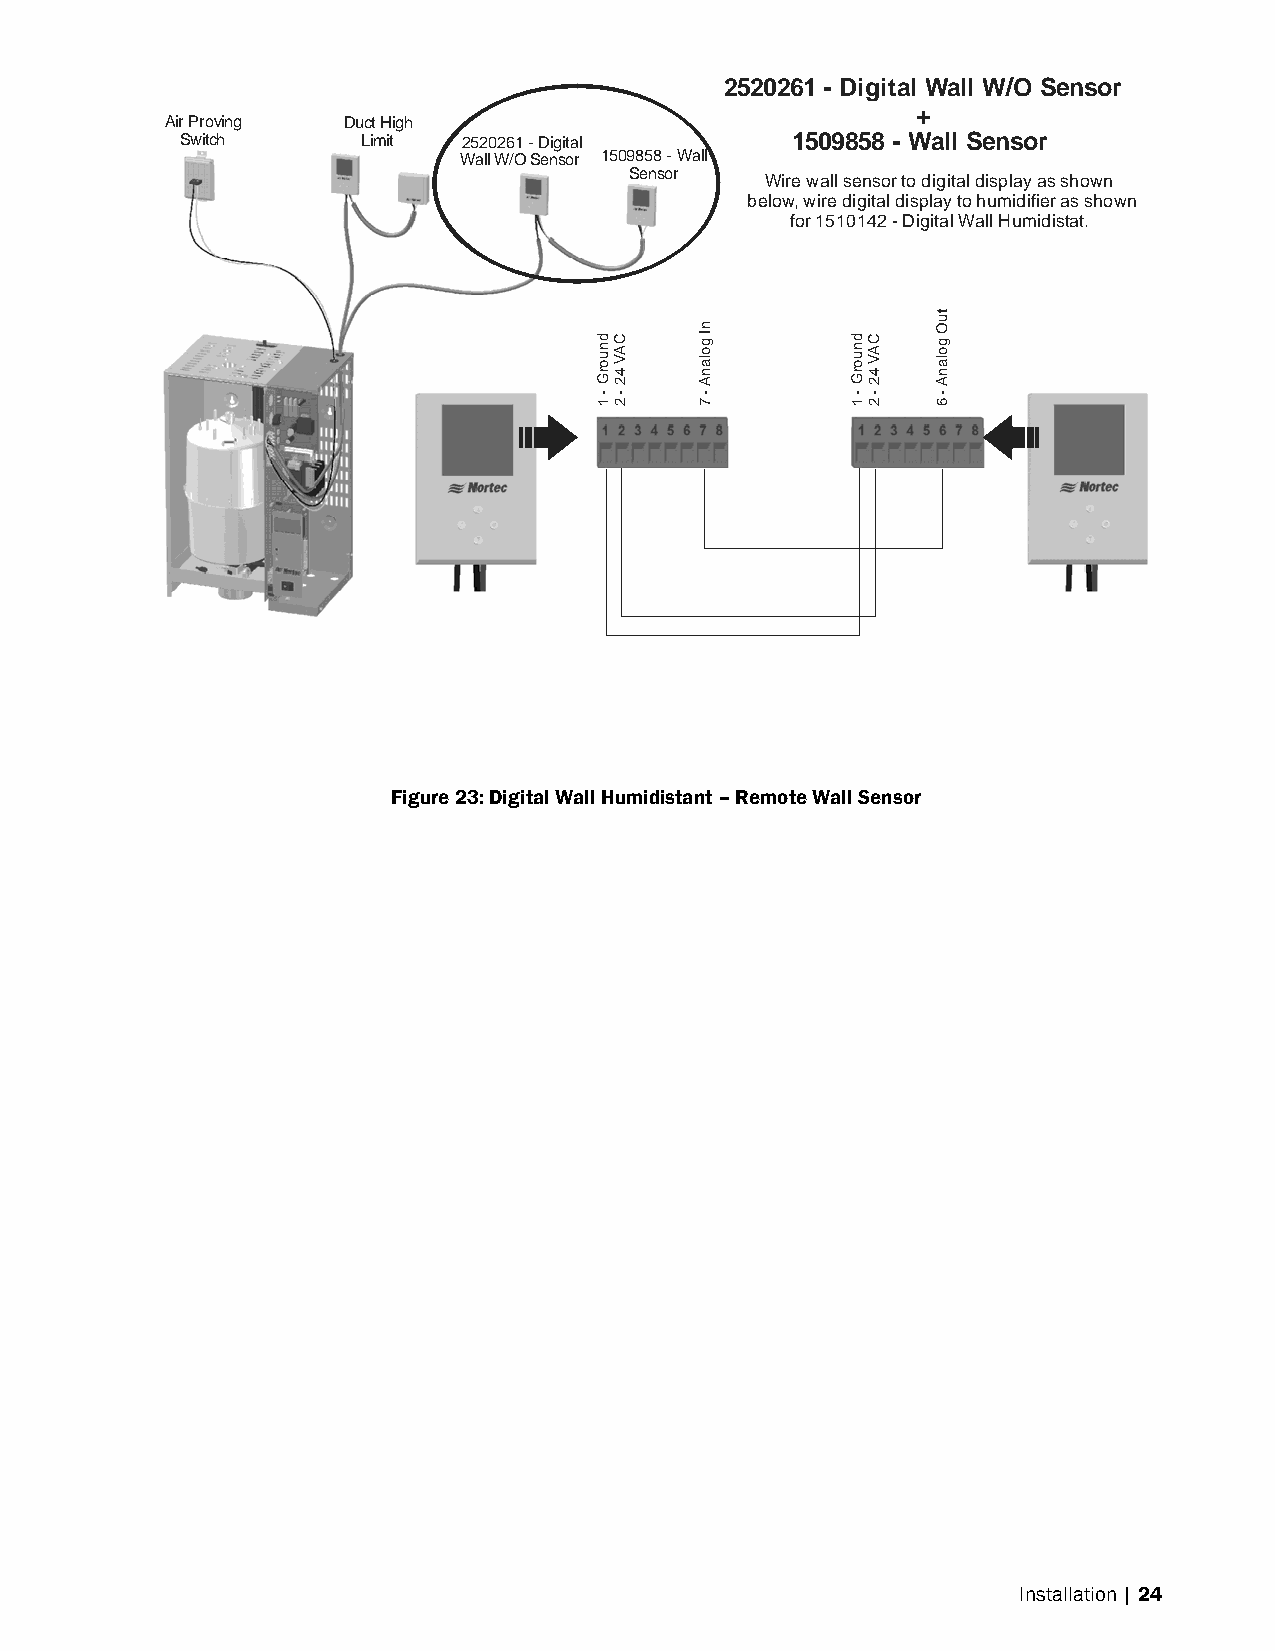
2520261 - Digital Wall W/O Sensor
 +
 Air Proving Duct High
 Switch      Limit  2520261 - Digital    1509858 - Wall Sensor
 Wall W/O Sensor 1509858 - Wall
 Sensor
 Wire wall sensor to digital display as shown
 below, wire digital display to humidifier as shown
 for 1510142 - Digital Wall Humidistat.
 Figure 23: Digital Wall Humidistant – Remote Wall Sensor
 Installation | 24
 dnuorG
 -
 1
 CAV
 42
 -
 2
 nI
 golanA
 -
 7
 dnuorG
 -
 1
 CAV
 42
 -
 2
 tuO
 golanA
 -
 6